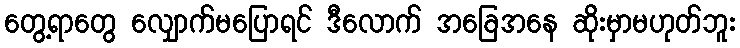
တွေ့ရာတွေ လျှောက်မပြောရင် ဒီလောက် အခြေအနေ ဆိုးမှာမဟုတ်ဘူး